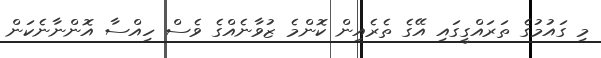
މި ގައުމުގެ ތަރައްގީގައި އޭގެ ތެރެއިން ކޮންމެ ޒުވާނެއްގެ ވެސް ހިއްސާ އޮންނާނެކަން